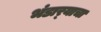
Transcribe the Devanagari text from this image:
भंडार्‍याचा